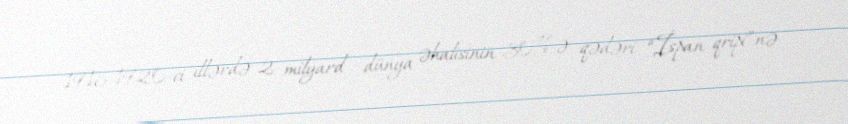
1916-1920-ci illərdə 2 milyard dünya əhalisinin 30%-ə qədəri “İspan qripi”nə